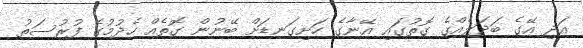
އަދި އޭގެ ބަދަލެއްގެ ގޮތުގައި އޭނާގެ ހަށިގަނޑަށް ބޭނުން ގޮތެއް ހެދުމުގެ ފުރުސަތު